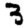
Digit: 3